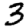
Digit: 3